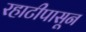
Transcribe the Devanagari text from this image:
रहाटीपासून